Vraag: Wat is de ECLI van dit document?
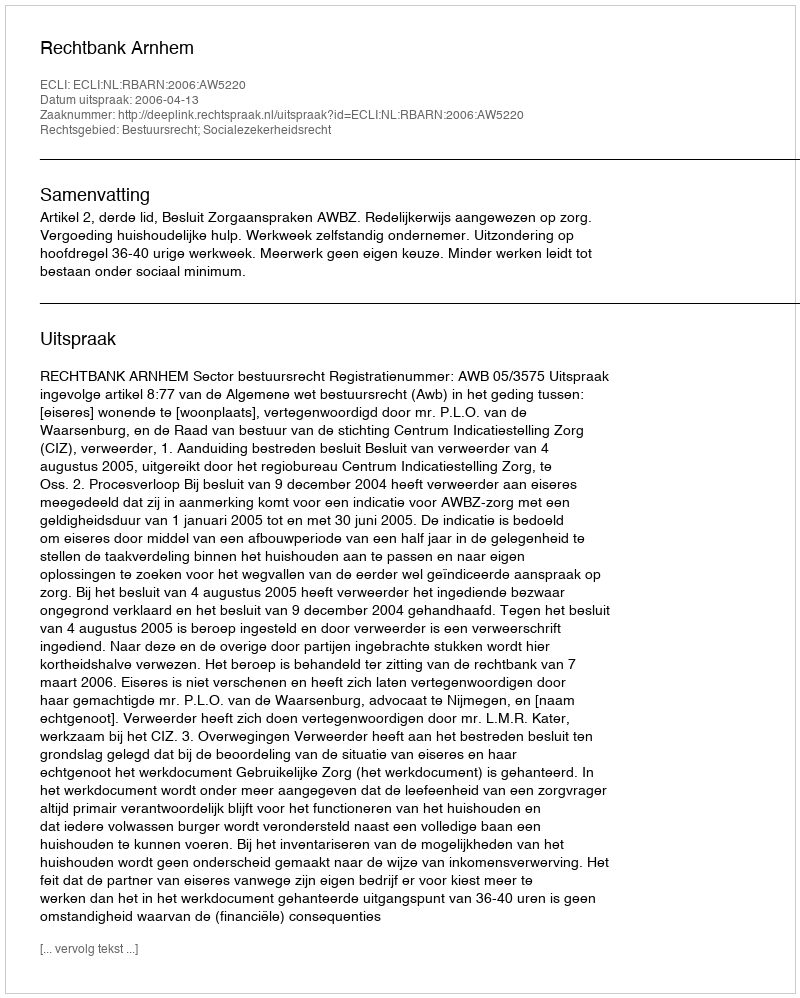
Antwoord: ECLI:NL:RBARN:2006:AW5220